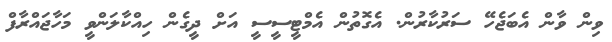
ވިން ވާން އެބަޖެހޭ ސަރުކާރުން. އެގޮތުން އެމްޓީސީސީ އަށް ދީގެން ހިއްކާލަންވީ މަހާޖައްރާފް